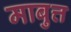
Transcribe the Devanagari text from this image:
माबुत्त